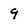
Character: 9